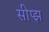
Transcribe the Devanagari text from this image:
सीप्झ